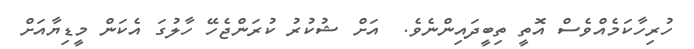
ހުރިހާކަމެއްވެސް އޮތީ ތިބީދައިންނެވެ.  އަށް ޝުކުރު ކުރަންޖެހޭ ހާލުގަ އެކަން މީޑިޔާއަށް